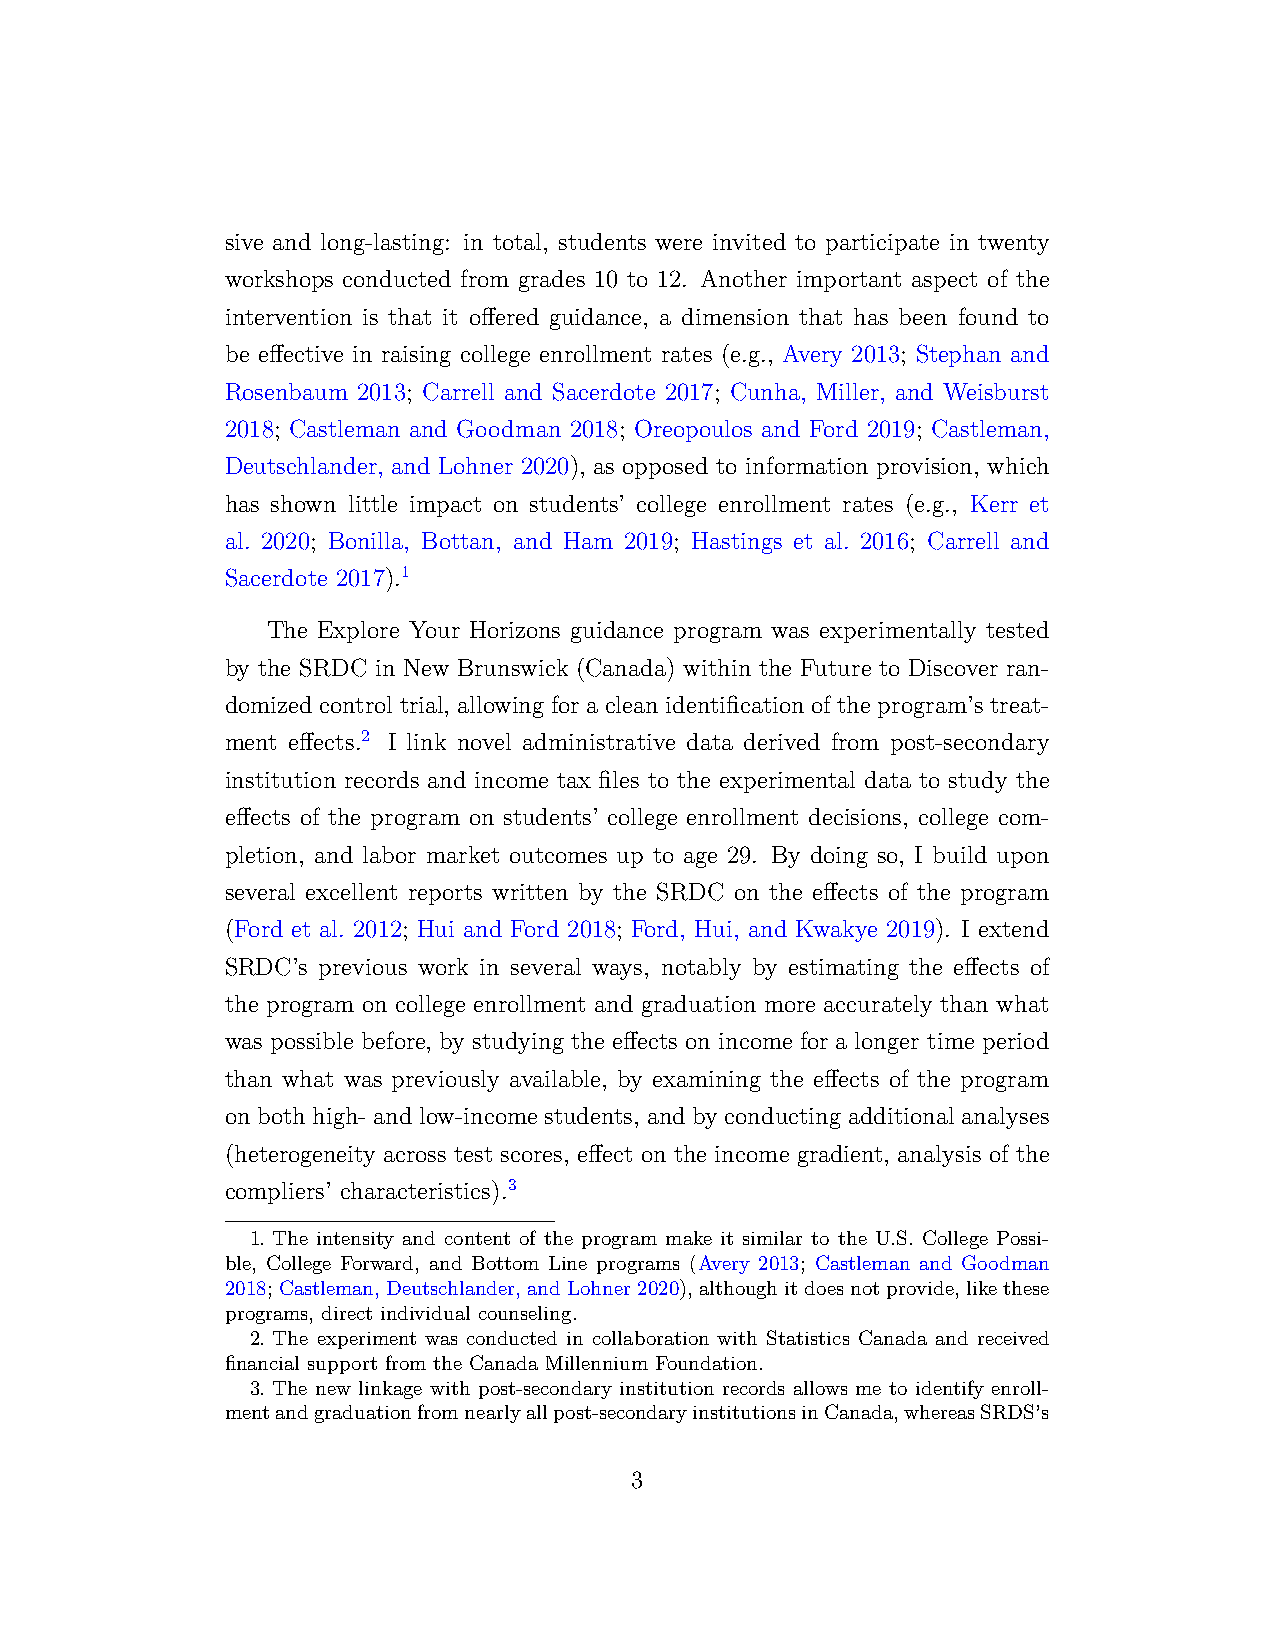
sive and long-lasting: in total, students were invited to participate in twenty
 workshops conducted from grades 10 to 12. Another important aspect of the
 intervention is that it offered guidance, a dimension that has been found to
 be effective in raising college enrollment rates (e.g., Avery 2013; Stephan and
 Rosenbaum 2013; Carrell and Sacerdote 2017; Cunha, Miller, and Weisburst
 2018; Castleman and Goodman 2018; Oreopoulos and Ford 2019; Castleman,
 Deutschlander, and Lohner 2020), as opposed to information provision, which
 has shown little impact on students’ college enrollment rates (e.g., Kerr et
 al. 2020; Bonilla, Bottan, and Ham 2019; Hastings et al. 2016; Carrell and
 Sacerdote 2017).1
 The Explore Your Horizons guidance program was experimentally tested
 by the SRDC in New Brunswick (Canada) within the Future to Discover ran-
 domized control trial, allowing for a clean identification of the program’s treat-
 ment effects.2 I link novel administrative data derived from post-secondary
 institution records and income tax files to the experimental data to study the
 effects of the program on students’ college enrollment decisions, college com-
 pletion, and labor market outcomes up to age 29. By doing so, I build upon
 several excellent reports written by the SRDC on the effects of the program
 (Ford et al. 2012; Hui and Ford 2018; Ford, Hui, and Kwakye 2019). I extend
 SRDC’s previous work in several ways, notably by estimating the effects of
 the program on college enrollment and graduation more accurately than what
 was possible before, by studying the effects on income for a longer time period
 than what was previously available, by examining the effects of the program
 on both high- and low-income students, and by conducting additional analyses
 (heterogeneity across test scores, effect on the income gradient, analysis of the
 compliers’ characteristics).3
 1. The intensity and content of the program make it similar to the U.S. College Possi-
 ble, College Forward, and Bottom Line programs (Avery 2013; Castleman and Goodman
 2018; Castleman, Deutschlander, andLohner2020), althoughitdoesnotprovide, likethese
 programs, direct individual counseling.
 2. The experiment was conducted in collaboration with Statistics Canada and received
 financial support from the Canada Millennium Foundation.
 3. The new linkage with post-secondary institution records allows me to identify enroll-
 mentandgraduationfromnearlyallpost-secondaryinstitutionsinCanada,whereasSRDS’s
 3